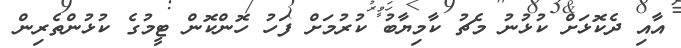
އާއި ދެކޮޅަށް ކުޅުނު މެޗު ކާމިޔާބު ކުރުމަށް ފަހު ހޮންކޮން ޓީމުގެ ކުޅުންތެރިން